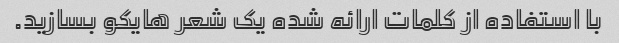
با استفاده از کلمات ارائه شده یک شعر هایکو بسازید.